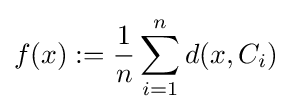
f(x):={\frac {1}{n}}\sum _{i=1}^{n}d(x,C_{i})